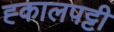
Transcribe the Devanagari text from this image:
ह्कालपट्टी